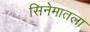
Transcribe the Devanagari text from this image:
सिनेमातला